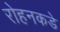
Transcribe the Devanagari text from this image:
रोहनकडे